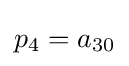
p_{4}=a_{30}